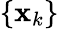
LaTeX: \{ {\mathbf{x}}_{k}\}